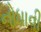
નોધાવી